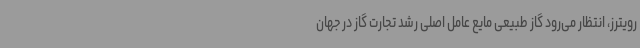
رویترز، انتظار می‌رود گاز طبیعی مایع عامل اصلی رشد تجارت گاز در جهان